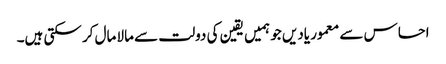
احساس سے معمور یادیں جو ہمیں یقین کی دولت سے مالا مال کر سکتی ہیں۔